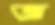
জ